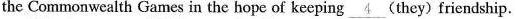
the Commonwealth Games in the hope of keeping \underline{ 4 } ( they ) friendship.